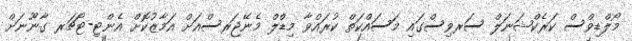
މޯލްޑިވްސް ކަރެކްޝަނަލް ސަރވިސްގައި މަސައްކަތް ކުރައްވާ މިޑްލް މެނޭޖަރސްއަށް އަމާޒުކޮށް އެންޓި-ޓޯޗަރ ގާނޫނަށް